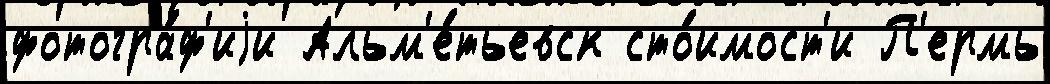
фотогра́ф'иjи Альм'е́тьевск сто́имост'и П'ермь